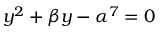
y ^ { 2 } + \beta y - \alpha ^ { 7 } = 0